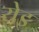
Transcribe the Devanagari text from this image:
येइ